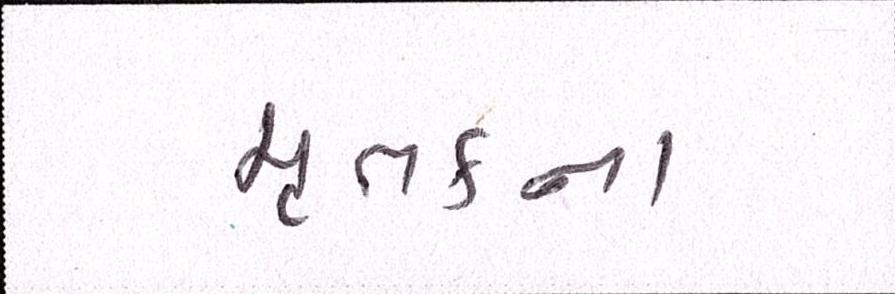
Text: મૃતકના